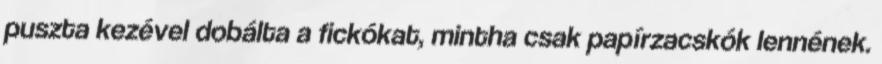
puszta kezével dobálta a fickókat, mintha csak papírzacskók lennének.